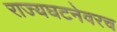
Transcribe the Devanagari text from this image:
राज्यघटनेवरच